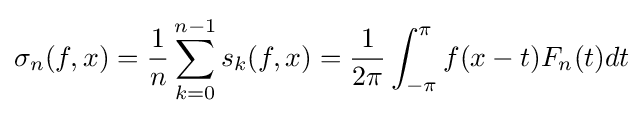
\sigma _{n}(f,x)={\frac {1}{n}}\sum _{k=0}^{n-1}s_{k}(f,x)={\frac {1}{2\pi }}\int _{-\pi }^{\pi }f(x-t)F_{n}(t)dt